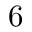
6